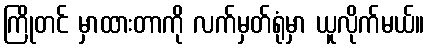
ကြိုတင် မှာထားတာကို လက်မှတ်ရုံမှာ ယူလိုက်မယ်။